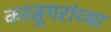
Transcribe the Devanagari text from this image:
काजूगरांच्या